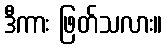
ဒီကား ဖြတ်သလား။